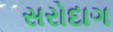
સરોદાગ